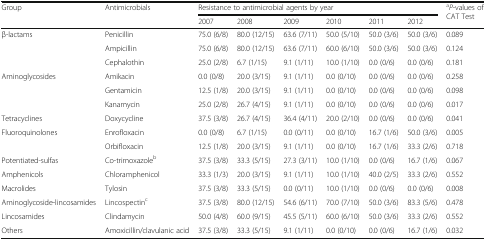
<table><thead><tr><td rowspan="2"><b>Group</b></td><td rowspan="2"><b>Antimicrobials</b></td><td colspan="6"><b>Resistance to antimicrobial agents by year</b></td><td rowspan="2"><b><sup>a</sup><i>P</i>-values of CAT Test</b></td></tr><tr><td><b>2007</b></td><td><b>2008</b></td><td><b>2009</b></td><td><b>2010</b></td><td><b>2011</b></td><td><b>2012</b></td></tr></thead><tbody><tr><td rowspan="3">β-lactams</td><td>Penicillin</td><td>75.0 (6/8)</td><td>80.0 (12/15)</td><td>63.6 (7/11)</td><td>50.0 (5/10)</td><td>50.0 (3/6)</td><td>50.0 (3/6)</td><td>0.089</td></tr><tr><td>Ampicillin</td><td>75.0 (6/8)</td><td>80.0 (12/15)</td><td>63.6 (7/11)</td><td>60.0 (6/10)</td><td>50.0 (3/6)</td><td>50.0 (3/6)</td><td>0.124</td></tr><tr><td>Cephalothin</td><td>25.0 (2/8)</td><td>6.7 (1/15)</td><td>9.1 (1/11)</td><td>10.0 (1/10)</td><td>0.0 (0/6)</td><td>0.0 (0/6)</td><td>0.181</td></tr><tr><td rowspan="3">Aminoglycosides</td><td>Amikacin</td><td>0.0 (0/8)</td><td>20.0 (3/15)</td><td>9.1 (1/11)</td><td>0.0 (0/10)</td><td>0.0 (0/6)</td><td>0.0 (0/6)</td><td>0.258</td></tr><tr><td>Gentamicin</td><td>12.5 (1/8)</td><td>20.0 (3/15)</td><td>9.1 (1/11)</td><td>0.0 (0/10)</td><td>0.0 (0/6)</td><td>0.0 (0/6)</td><td>0.098</td></tr><tr><td>Kanamycin</td><td>25.0 (2/8)</td><td>26.7 (4/15)</td><td>9.1 (1/11)</td><td>0.0 (0/10)</td><td>0.0 (0/6)</td><td>0.0 (0/6)</td><td>0.017</td></tr><tr><td>Tetracyclines</td><td>Doxycycline</td><td>37.5 (3/8)</td><td>26.7 (4/15)</td><td>36.4 (4/11)</td><td>20.0 (2/10)</td><td>0.0 (0/6)</td><td>0.0 (0/6)</td><td>0.041</td></tr><tr><td rowspan="2">Fluoroquinolones</td><td>Enrofloxacin</td><td>0.0 (0/8)</td><td>6.7 (1/15)</td><td>0.0 (0/11)</td><td>0.0 (0/10)</td><td>16.7 (1/6)</td><td>50.0 (3/6)</td><td>0.005</td></tr><tr><td>Orbifloxacin</td><td>12.5 (1/8)</td><td>20.0 (3/15)</td><td>9.1 (1/11)</td><td>0.0 (0/10)</td><td>16.7 (1/6)</td><td>33.3 (2/6)</td><td>0.718</td></tr><tr><td>Potentiated-sulfas</td><td>Co-trimoxazole<sup>b</sup></td><td>37.5 (3/8)</td><td>33.3 (5/15)</td><td>27.3 (3/11)</td><td>10.0 (1/10)</td><td>0.0 (0/6)</td><td>16.7 (1/6)</td><td>0.067</td></tr><tr><td>Amphenicols</td><td>Chloramphenicol</td><td>33.3 (1/3)</td><td>20.0 (3/15)</td><td>9.1 (1/11)</td><td>10.0 (1/10)</td><td>40.0 (2/5)</td><td>33.3 (2/6)</td><td>0.552</td></tr><tr><td>Macrolides</td><td>Tylosin</td><td>37.5 (3/8)</td><td>33.3 (5/15)</td><td>0.0 (0/11)</td><td>10.0 (1/10)</td><td>0.0 (0/6)</td><td>0.0 (0/6)</td><td>0.008</td></tr><tr><td>Aminoglycoside-lincosamides</td><td>Lincospectin<sup>c</sup></td><td>37.5 (3/8)</td><td>80.0 (12/15)</td><td>54.6 (6/11)</td><td>70.0 (7/10)</td><td>50.0 (3/6)</td><td>83.3 (5/6)</td><td>0.478</td></tr><tr><td>Lincosamides</td><td>Clindamycin</td><td>50.0 (4/8)</td><td>60.0 (9/15)</td><td>45.5 (5/11)</td><td>60.0 (6/10)</td><td>50.0 (3/6)</td><td>33.3 (2/6)</td><td>0.552</td></tr><tr><td>Others</td><td>Amoxicillin/clavulanic acid</td><td>37.5 (3/8)</td><td>33.3 (5/15)</td><td>9.1 (1/11)</td><td>0.0 (0/10)</td><td>0.0 (0/6)</td><td>16.7 (1/6)</td><td>0.032</td></tr></tbody></table>